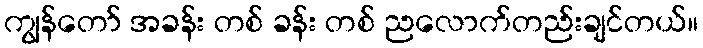
ကျွန်တော် အခန်း တစ် ခန်း တစ် ညလောက်တည်းချင်တယ်။